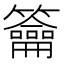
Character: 籥